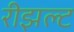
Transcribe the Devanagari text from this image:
रीझल्ट